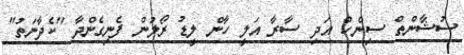
ސުޝާންތް ސިންހް އަދި ސާރާ އަލީ ހާން ލީޑު ރޯލުން ފެނިގެންދާ "ކެދާނަތު"